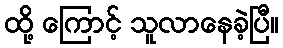
ထို့ ကြောင့် သူလာနေခဲ့ပြီ။